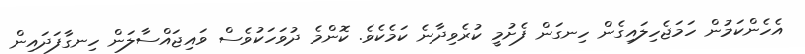
އެހެންކަމުން ހަމަޖެހިލައިގެން ހިނގަން ފެށުމީ ކުރެވިދާނެ ކަމެކެވެ. ކޮންމެ ދުވަހަކުވެސް ވައިޖައްސާލަން ހިނގާފަދައިން